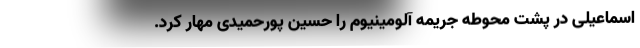
اسماعیلی در پشت محوطه جریمه آلومینیوم را حسین‌ پورحمیدی مهار کرد.